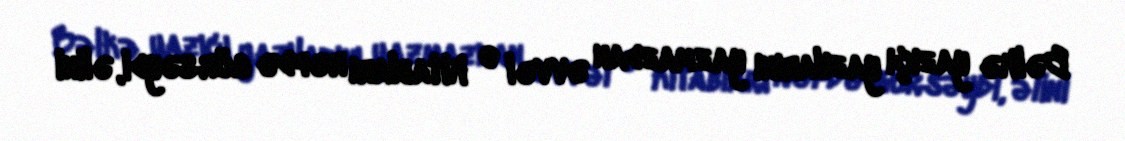
Bəlkə yazıçı yazılarını yazmazdan əvvəl o kitabları rəfdə görsəydi, əlini